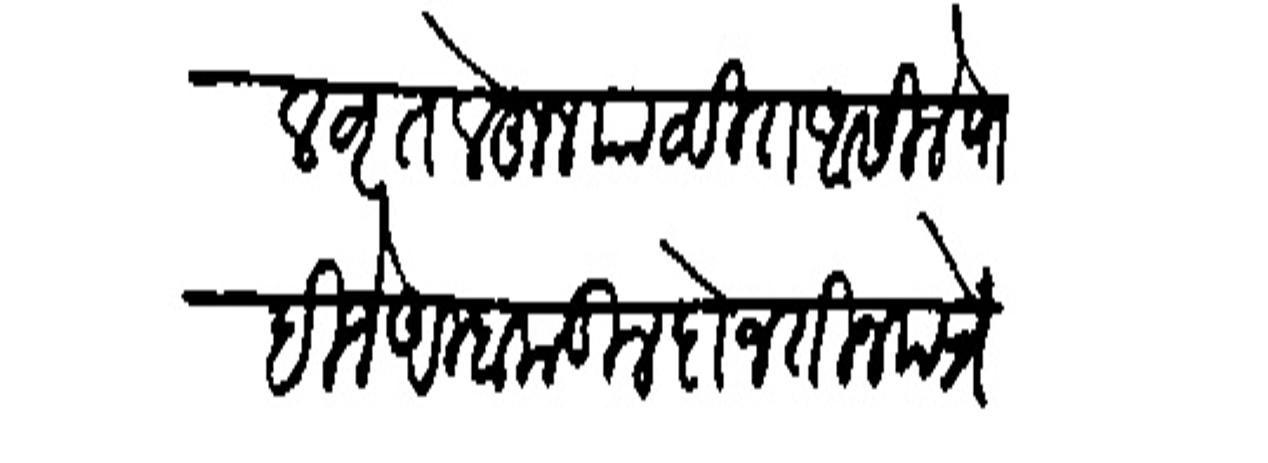
Transliteration (Devanagari): आपणाकडील वृत्त लेहून पाठवीत आसिले पाा हिने आम्हाकडील दोन तीन पत्रें